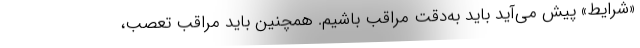
«شرایط» پیش می‌آید باید به‌دقت مراقب باشیم. همچنین باید مراقبِ تعصب،